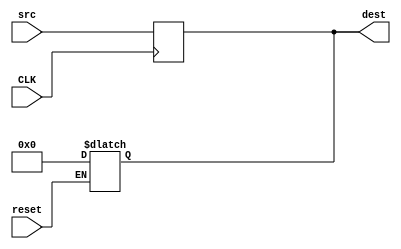
module regCLK (
    input CLK,
    input reset,
    input [31:0] src,

    output [31:0] dest
);

reg [31:0] register;

assign dest = register;

always @ (posedge CLK)
    register = src;

always @ (*)
    if (reset == 1)
        register = 0;

    
endmodule